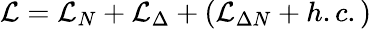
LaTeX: {\cal L}={\cal L}_{N}+{\cal L}_{\Delta}+\left({\cal L}_{\Delta N}+h.c.\right)